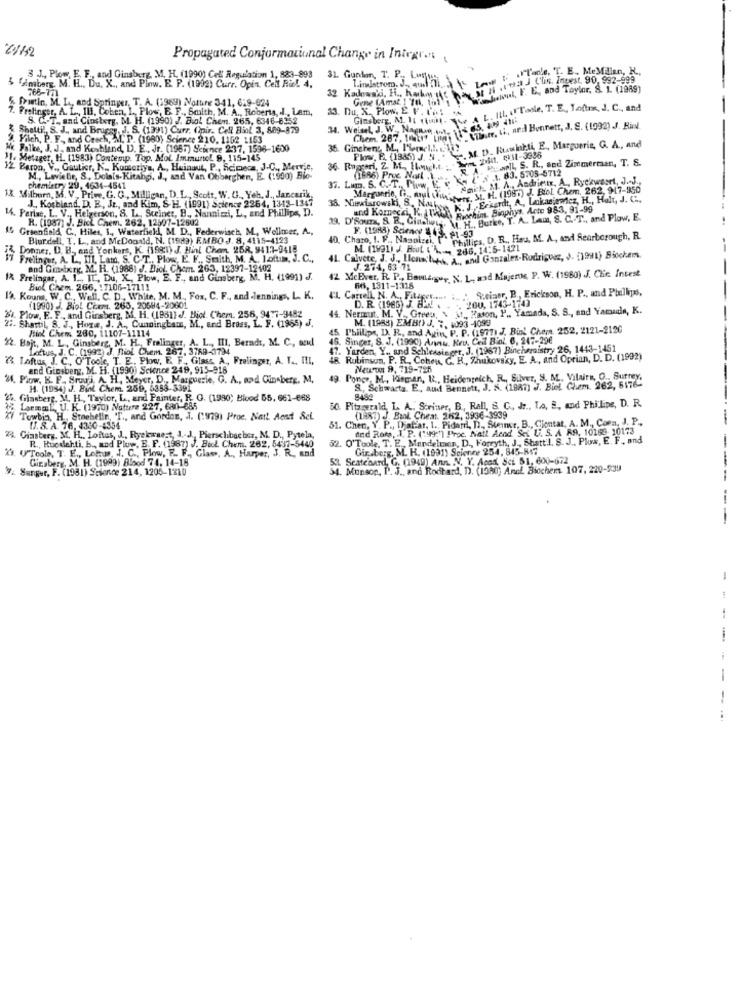
20152
Propagated Conformational Change in Inicar ...
Franle, T. E. Me Milan, H .,
3 J ., Plom, E, F, and Ginsberg, M. H. (1990) Cell Regulation 1, 883-893
31. Gundm, T. P ., Lotus,
L'inelstrom. J, quali à
19a J Clin. Ingest. 90, 992-999
$ famberg, M. H ., Du. X ., and Pinw. E. P. (1992) Curr. Opin. Celt Rie !. 4.
wul, F. E. and Taylor, S. 1. (1989)
& martin, M. L, and Springer, T. A. (1989) Notre 341, 6:9-624
768-771
Gene (Amat ] 70, 101
Fer, A. L ., IL. Cohen, I. Plow, B. F ., Smilth, M. A ., Roberts, . l ., Lam,
13. Du, X. Plow, E F. I'M! ^
Ginsberg, AL. 11 (unit. NO A L. ILL. I. Todie, I. E ., Todos, J. C ., and
S. C .- T. and Cinsberg. M. H. (1990) J. Biol Chem. 265, 6346-6352
Shettil, S. J ., and Bruggy, J. S. (1391) Curr. (pir. Cell Biol'3.
Chem. 287, 10tro Litos \ \bare, ti, ned Bennett, J. S. (1992) J. Rin
cleh. P. F, and Catch, M. P. (1980) Science 210, 1162 1153
lke, J. J. and Koshlind, D. E ., Jr. (1967) Science 2:37, 1596-1600
36. Ginchery, M ., 1%mc1.1. 6 16?
Flos, E. (1985) 3. 91 - M. D. Ruslarli E. Margueria, G. A ., and
11. Metager, H. (1983) Contemp. Top. Mol. ImmuntoL 9, 115-145
Pearl, S. R ., sed Zimmerman, T. S.
2 Baron, V ., Gautier, K ., Komoriys, A ., Hainaut, P ., Scimocs, J.C ., Mervie,
36. Ruggeri, Z. B. Imight
KA 2 x 1. 83. 5708-5712
M, Leviele, S, Dolals-Kitahpi, J ., and Van Obberghen, E. (:500) Bio-
37. Lum. S. C. T.
66) Prue Nort ......
AmE.k. M. A ., Andrier, A ., Ryckwaset, J. J .,
chemistry 29, 4634-4541
4634-4541
Marguerite, C. anul chiamate 31. H. (1980) J. Bol Chem. 262, 947-950
1.3 Milburn, M. V. Prime. G. G ., Milligan, D.L ., Scott, W. C ., Yeh. J ., Jancanik,
J ., Kosbland, D. E, Jr ., and Kim, S-H. (1991) Science 2264, 1343-1347
38. Niewiarowski, S. Nach
K. J ., Eckardt, A, Lekasiendez, H ., Halt, J. C .,
14. Periac, L. V ., Helgerson, 8. L ., Steiner, B ., Nannizzi, L, and Phillips, D.
and Kornecsi, He Www. Soweit, Binphys. Acte 983, 91-99
R. (1987) J. Bick Chem. 262, 12507-12542
P. M. H. Butke, T. A. Lam, S. C. T ., and Plow, E.
& Greenfield, C ., Hiles, I ., Waterfield, M. D ., Federwisch, M ., Wellmer, A .,
Biurdell, T. L ., and McDonald, N. (1983) EMBO J. 8, 4115-4123
40. Charo, I. P ., Nasolzai. [
F. (1988) Science $ (3. 01 -93
Phillips, D. R ., Has, M. A, and Scarborough, R.
& Donner, D. B ., and Yonkers, K. (1981) J. Hint Chem. 258, 9417-9418
M. (1991) J Brut ( 4. -. 286,14:5-
Frelinger, A. L ., Ill. Lam, S. C.T ., Plow, E. F ., Smith, M. A. lottum, J. C .,
41. Calvete, J. J ., Llenwhite, a, and Gonzales-Rodriguez, J. (1991) Biochem.
and Gmxturg. M. H. (1988) J. Biol. Chem. 263, 12397-12102
J. 274, 63 71
I& Frelingar, A. 1 ., IL, Du, X ., Plow, E. F ., and Ginsberg, M. H. (1991) J.
42 McEver, R. P ., Bambiguy, N. L ., and Mujeres, P. W. (1980) J. Clie. Intest
Biok Chem. 266, 17106-17111
64, 1311-1:318
12. Kouna, W. C ., Well, C. D ., White, M. M ., Fox, C. F ., and .Jennings, L. K.
IL Cartell, N. A ., Fitager ..... : . S.einer, B ., Erickson, H. P ., and Phillips,
260,1743-1743
(1990) . Biol Crem. 265, 20684-20601
44. Nermut. M. V ., Green, \ at , faion, P ., Yamada, S. S ., and Yamaude, K.
D. R. (1985) J &b!
61. Plow, E. F ., and Ginsberg, M. H. (1981) . Biol. Chem. 256, 9477-9482
M. (1988) EMBOY J. ", 4093 -1099
27. Shartil, 8. J ., Hope, J. A ., Cunningham, M ., and Brass, L. F. (1965) J.
Fiol Chem 280, 11107-11114
Phillips, D. R ., and Agin, P. P. (1977) J. Bin' Chem. 252, 2121-2120
22. Bojt, M. L ., Ginsberg, M. H. Frelinger, A. L ., III, Berndt, M. C ., and
46. Singer, S. J. (1990) Annu. Key, Cell Biol. 6. 247-296
Loftus, J. C. (1992) J, Diol. Chem. 267, 3768-3794
Yarden, Y ., and Schlesinger, J. (1967) Bincheraistry 26, 1443-1451
Loftus J. C ., O Toole, T. E. Plow, E. F.
S. E. F. Glass A. Fralinger, A. T ., TIL,
4R. Robinson, P. R. Cohen, C. H ., Zhukovsky, E. A ., and Oprian, D. D. (1992)
and Ginsberg, M. H. (1990) Science 249, 915-816
Neu Tu 9, 719-725
4. Plow. B. F. Srouj, A. H. Meyer, D ., Marguerie, G. A ., and Ginsberg. M.
49. Ponce, M ., Hisman, R ., Heidenreich, R ., Silver, S. M ., Vilairs, O ., Surrey,
H. (1994) J. Bink Chem. 269, 5388-5391
S. Schwartz. E ., and Bennett, J. S. (1987) J. Biol Chem. 262, 5176-
Gilasberg. M. H ., Taylor, L, and Painter, R. G. (1930; Bicod 55, 661-668
8484
Laemm ,U. K. (1970) Nature 227, 680-686
50. Fitzgerald, L. A .. Scriner, B ., Rall, S. C, Jr ., La, E, and Philips, D. R.
Towbin, H .. Stochelin, 'T ., and Gordon, J. (1979) Proc. Natt Aosd Sel.
51. Chen, Y. P ., Djaf-at, I ., Pidanil, 11 ., Steiner, B ., Ciontat, A. M ., Coen, J. P .,
(1987) J. Biol. Cheat. 262, 3936-3939
-
If. S. A. 76, 4350-4354
ind Rom, I. P. (199en) Proc. Nail Arod SEL U. S. A R9, 10169- 10173
24 Giasbery. M. H ., Loftes, J. Ryckwaest, J. J. Pierschibacher, M. D ., Pytela,
R ., Ruedehti, b ., and Plow, B. F. (1987) J. Biol. Chem. 262, 5437-5440
32. O'Toole. T. E ., Mandelman, D ., Forryth, J ., Shattil, S. J ., Plus, E. F. and
( ("Tools, T. E ., Lotus, J. C ., Plow, R. F ., Glass. A ., Harper, J. R. and
Giriberg. M. H. (1991) Science 254, 845-817
Ginsberg, M. H. (1999) Blood 74, 14-18
5.2. Seatenard, G. (1949) Ann. N. Y. Acad Sci 51, 600-672
Sanger, F. (1981) Science 214, 1205-1310
54. Munsor, I'. J ., and Rodtard, D. (1380; AncL Biochem 107, 220-939
-----
1
-
--